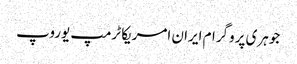
جوہری پروگرام ایران امریکا ٹرمپ یوروپ